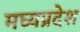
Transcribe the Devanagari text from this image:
मघ्‍यप्रदेश